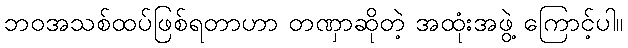
ဘဝအသစ်ထပ်ဖြစ်ရတာဟာ တဏှာဆိုတဲ့ အထုံးအဖွဲ့ ကြောင့်ပါ။